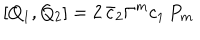
LaTeX: [ Q _ { 1 } , Q _ { 2 } ] = 2 \, \bar { c } _ { 2 } \Gamma ^ { m } c _ { 1 } \, P _ { m }